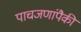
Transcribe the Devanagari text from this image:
पाचजणांपैकी